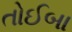
તોઈબા